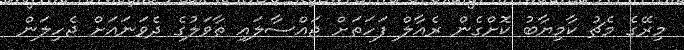
މިރޭގެ މެޗު ކާމިޔާބު ކޮށްގެން ރެއާލް ފަހަތަށް ޖައްސާލައި ތާވަލުގެ ދެވަނައަށް ޖެހިލަން